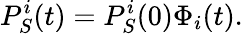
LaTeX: P_{S}^{i}(t)=P_{S}^{i}(0)\Phi_{i}(t).